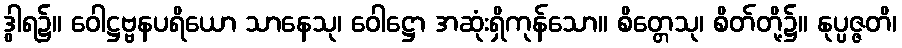
ဒွါရ၌။ ဝေါဋ္ဌဗ္ဗနပရိယော သာနေသု၊ ဝေါဋ္ဌော အဆုံးရှိကုန်သော။ စိတ္တေသု၊ စိတ်တို့၌။ နုပ္ပဇ္ဇတိ၊